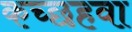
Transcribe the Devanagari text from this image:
कच्छहवा